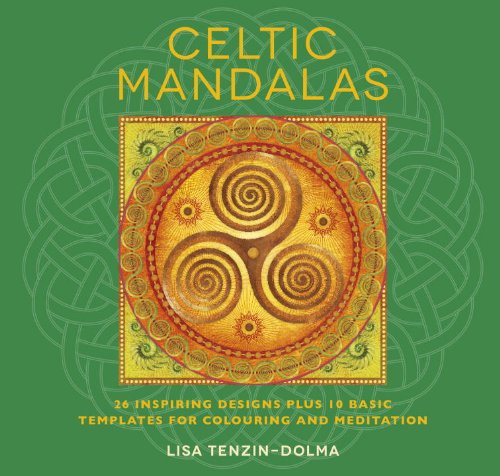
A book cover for Celtic Mandalas: 32 Inspiring Designs for Colouring and Meditation (Watkins Adult Coloring Pages); Lisa Tenzin-Dolma; Religion & Spirituality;